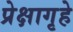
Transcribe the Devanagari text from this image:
प्रेक्षागृहे